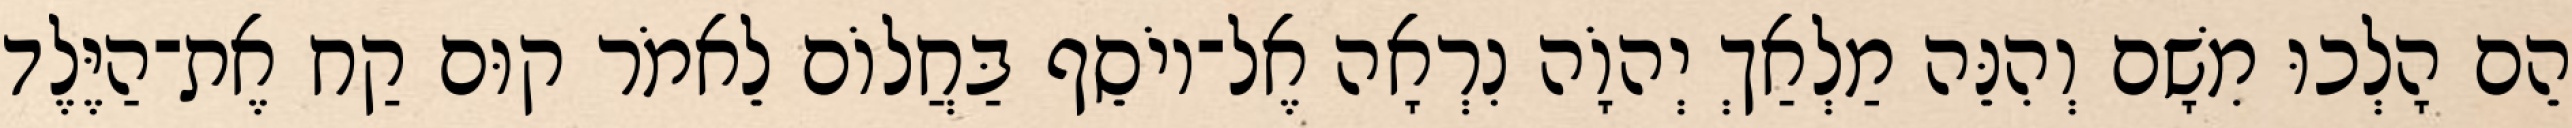
הֵם הָלְכוּ מִשָׁם וְהִנֵּה מַלְאַךְ יְהוָֹה נִרְאָה אֶל־יוֹסֵף בַּחֲלוֹם לֵאמֹר קוּם קַח אֶת־הַיֶּלֶד